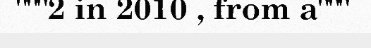
"""2 in 2010 , from a"""